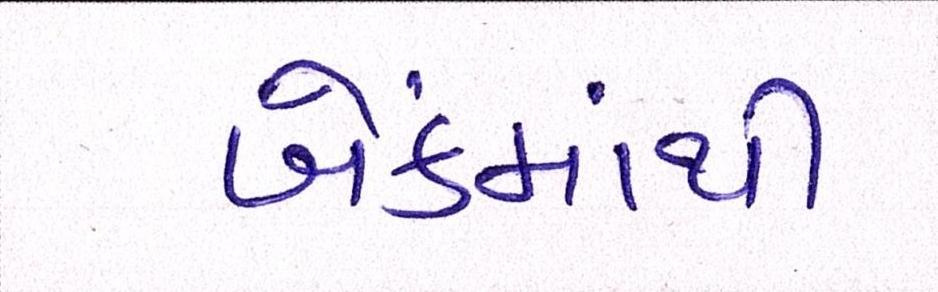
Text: બેંકમાંથી